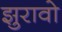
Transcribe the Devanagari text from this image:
झुरावो